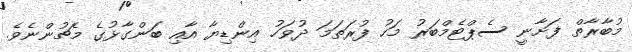
މުބާރާތް ފަށާނީ ސެޕްޓެމްބަރު މަހު ފުރަތަމަ ދުވަހު އިންޑިޔާ އާއި ބަންގާޅުގެ މެޗުންނެވެ.